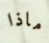
ماذا